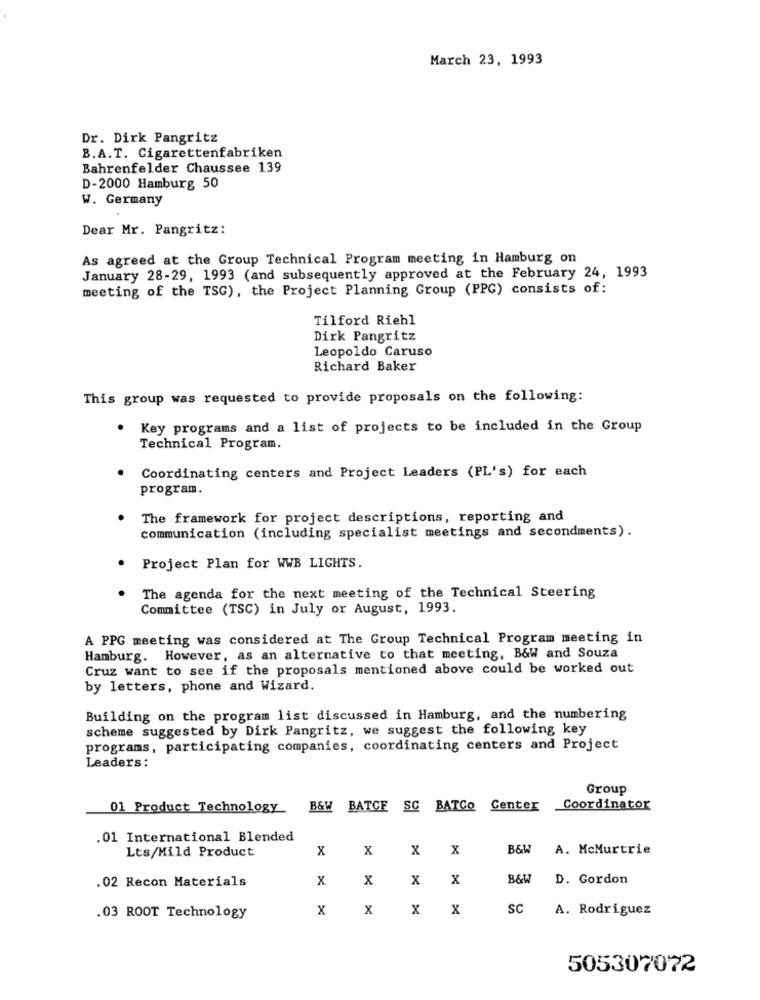
March 23, 1993
Dr. Dirk Pangritz
B.A.T. Cigarettenfabriken
Bahrenfelder Chaussee 139
D-2000 Hamburg 50
W. Germany
Dear Mr. Pangritz:
As agreed at the Group Technical Program meeting in Hamburg on
January 28-29, 1993 (and subsequently approved at the February 24, 1993
meeting of the TSG), the Project Planning Group (PPG) consists of:
Tilford Riehl
Dirk Pangritz
Leopoldo Caruso
Richard Baker
This group was requested to provide proposals on the following:
. Key programs and a list of projects to be included in the Group
Technical Program.
Coordinating centers and Project Leaders (PL's) for each
program.
The framework for project descriptions, reporting and
communication (including specialist meetings and secondments).
Project Plan for WWB LIGHTS.
The agenda for the next meeting of the Technical Steering
Committee (TSC) in July or August, 1993.
A PPG meeting was considered at The Group Technical Program meeting in
Hamburg. However, as an alternative to that meeting, B&W and Souza
Cruz want to see if the proposals mentioned above could be worked out
by letters, phone and Wizard.
Building on the program list discussed in Hamburg, and the numbering
scheme suggested by Dirk Pangritz, we suggest the following key
programs, participating companies, coordinating centers and Project
Leaders:
Group
01 Product Technology
B&W BATCE SC BATCo Center
Coordinator
.01 International Blended
Lts/Mild Product
X
X
X
X
B&W
A. McMurtrie
.02 Recon Materials
X
X
X
X
B&W
D. Gordon
X
X
X
X
SC
A. Rodriguez
.03 ROOT Technology
505307072